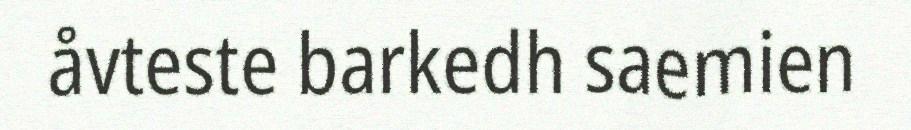
åvteste barkedh saemien